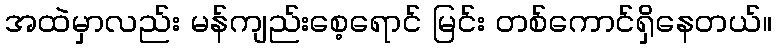
အထဲမှာလည်း မန်ကျည်းစေ့ရောင် မြင်း တစ်ကောင်ရှိနေတယ်။